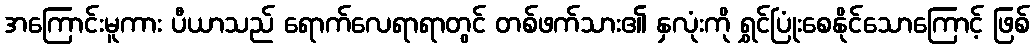
အကြောင်းမူကား ပီယာသည် ရောက်လေရာရာတွင် တစ်ဖက်သား၏ နှလုံးကို ရွှင်ပြုံးစေနိုင်သောကြောင့် ဖြစ်